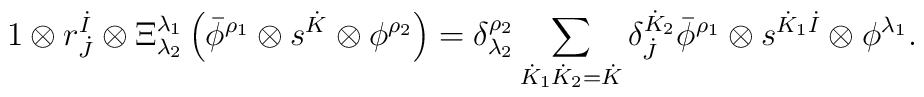
1 \otimes r^{\dot{I}}_{\dot{J}} \otimes \Xi^{\lambda_1}_{\lambda_2} \left(   \bar{\phi}^{\rho_1} \otimes s^{\dot{K}} \otimes \phi^{\rho_2} \right) =    \delta_{\lambda_2}^{\rho_2} \sum_{\dot{K}_1 \dot{K}_2 = \dot{K}} 		   \delta^{\dot{K}_2}_{\dot{J}} \bar{\phi}^{\rho_1} \otimes s^{\dot{K}_1   \dot{I}} \otimes \phi^{\lambda_1}.